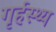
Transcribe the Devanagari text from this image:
गृर्हस्थ्य